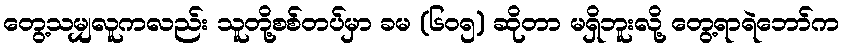
တွေ့သမျှလူကလည်း သူတို့စစ်တပ်မှာ ခမ (၆၀၅) ဆိုတာ မရှိဘူးလို့ တွေ့ရာရဲဘော်က